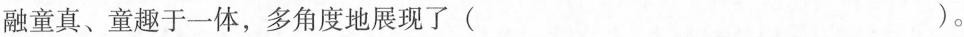
融童真、童趣于一体，多角度地展现了( )。